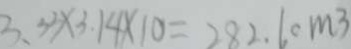
3 . 5 3 \times 3 . 1 4 \times 1 0 = 2 8 2 . 6 c m ^ { 3 }